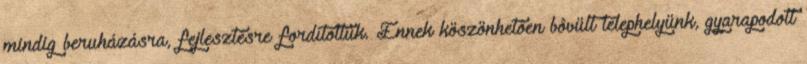
mindig beruházásra, fejlesztésre fordítottuk. Ennek köszönhetôen bôvült telephelyünk, gyarapodott